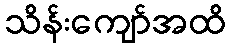
သိန်းကျော်အထိ